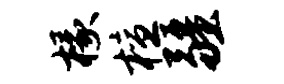
椽檀疆